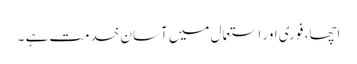
اچھا، فوری اور استعمال میں آسان خدمت ہے ۔